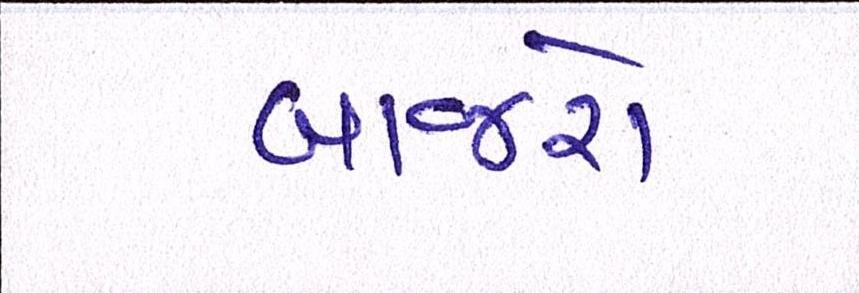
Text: બાજરો